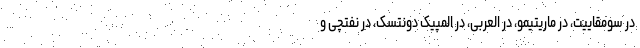
در سومقاییت، در ماریتیمو، در العربی، در المپیک دونتسک، در نفتچی و